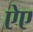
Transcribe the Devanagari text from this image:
ऐए